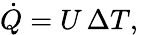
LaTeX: {\big.}{\dot{Q}}=U\, \Delta T,\quad